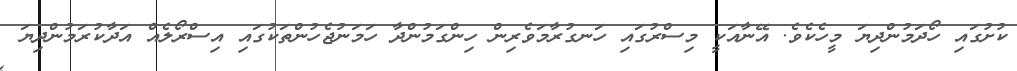
ކުށުގައި ހޯދަމުންދިޔަ މީހެކެވެ. އޭނާއަކީ މިސްރުގައި ހަނގުރާމަވެރިން ހިންގަމުންދާ ހަމަނުޖެހުންތަކުގައި އިސްރޯލެއް އަދާކުރަމުންދިޔަ